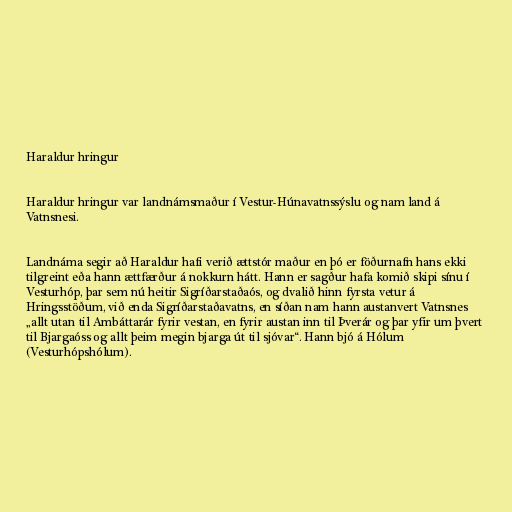
Haraldur hringur

Haraldur hringur var landnámsmaður í Vestur-Húnavatnssýslu og nam land á
Vatnsnesi.

Landnáma segir að Haraldur hafi verið ættstór maður en þó er föðurnafn hans ekki
tilgreint eða hann ættfærður á nokkurn hátt. Hann er sagður hafa komið skipi sínu í
Vesturhóp, þar sem nú heitir Sigríðarstaðaós, og dvalið hinn fyrsta vetur á
Hringsstöðum, við enda Sigríðarstaðavatns, en síðan nam hann austanvert Vatnsnes
„allt utan til Ambáttarár fyrir vestan, en fyrir austan inn til Þverár og þar yfir um þvert
til Bjargaóss og allt þeim megin bjarga út til sjóvar“. Hann bjó á Hólum
(Vesturhópshólum).